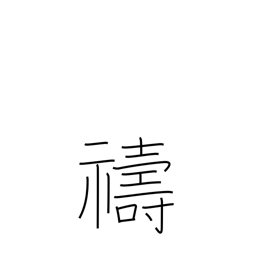
Meaning: entreat